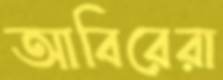
আবিরেরা